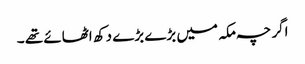
اگر چہ مکہ میں بڑے بڑے دکھ اٹھائے تھے ۔